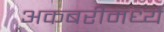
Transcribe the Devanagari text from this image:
अकबरीमध्ये